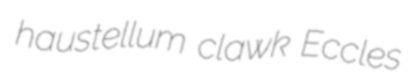
haustellum clawk Eccles